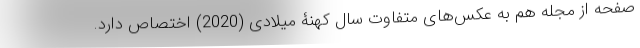
صفحه از مجله هم به عکس‌های متفاوت سال کهنۀ میلادی (2020) اختصاص دارد.